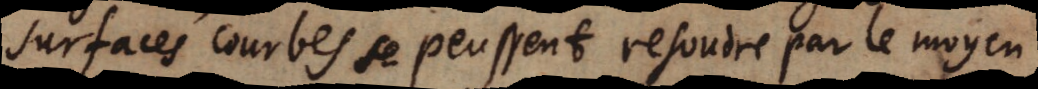
surfaces courbes se peussent resoudre par le moyen